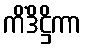
ကိံဒိဋ္ဌိကာ